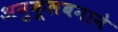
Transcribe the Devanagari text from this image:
अनुकूलबनाने